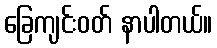
ခြေကျင်းဝတ် နာပါတယ်။